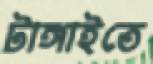
টাঙ্গাইতে